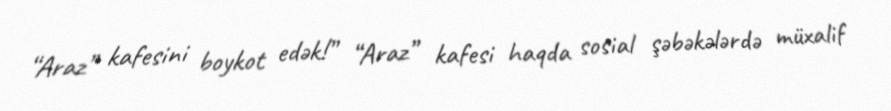
“Araz” kafesini boykot edək!” “Araz” kafesi haqda sosial şəbəkələrdə müxalif